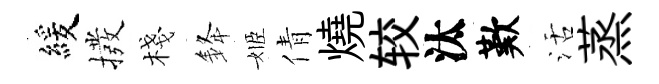
緩撥棧𨦟姬倩燒较汰歎活蒸